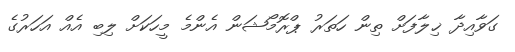
ގަވާއިދާ ޚިލާފަށް ތިން ހަތަރު ޕްރޮމޯޝަން އެންމެ މީހަކަށް ލިބި އެއް އަހަރުގެ